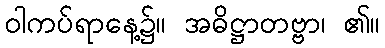
ဝါကပ်ရာနေ့၌။ အဓိဋ္ဌာတဗ္ဗာ၊ ၏။